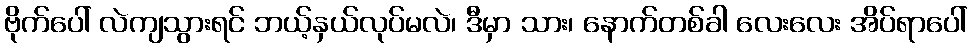
ဗိုက်ပေါ် လဲကျသွားရင် ဘယ့်နှယ်လုပ်မလဲ၊ ဒီမှာ သား၊ နောက်တစ်ခါ လေးလေး အိပ်ရာပေါ်